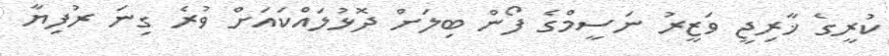
ކުރީގެ ޚާރިޖީ ވަޒީރު ނަސީމްގެ ފޯން ބިލަށް ދޮޅުލައްކައަށް ވުރެ ގިނަ ރުފިޔާ